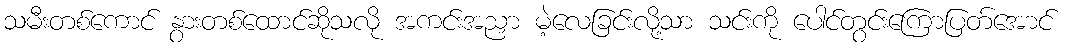
သမီးတစ်ကောင် နွားတစ်ထောင်ဆိုသလို အကင်းအညှာ မဲ့လေခြင်းလို့သာ သင်းကို ပေါင်တွင်းကြောပြတ်အောင်